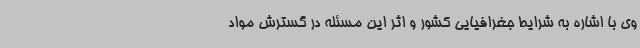
وی با اشاره به شرایط جغرافیایی کشور و اثر این مسئله در گسترش مواد